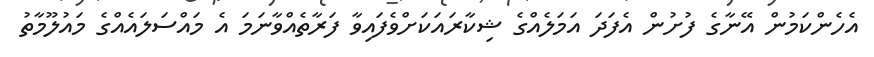
އެހެންކަމުން އޭނާގެ ފުށުން އެފަދަ އަމަލެއްގެ ޝިކާރައަކަށްވެފައިވާ ފަރާތެއްވާނަމަ އެ މައްސަލައެއްގެ މައުލޫމާތު